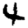
Digit: 4